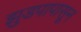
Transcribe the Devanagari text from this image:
झुडपापासून